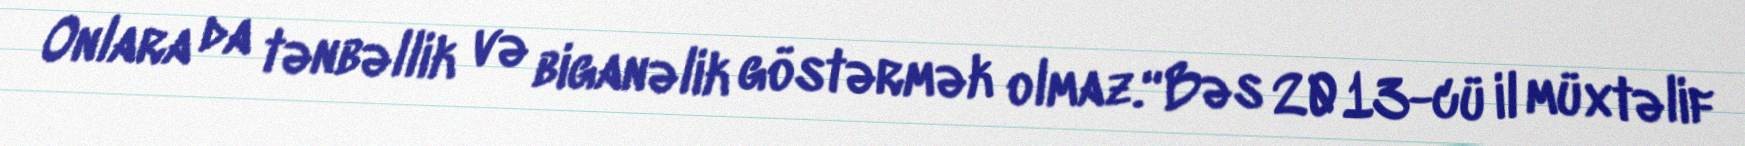
Onlara da tənbəllik və biganəlik göstərmək olmaz.“Bəs 2013-cü il müxtəlif